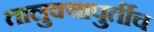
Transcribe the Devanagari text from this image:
तालुक्यापुर्तीच